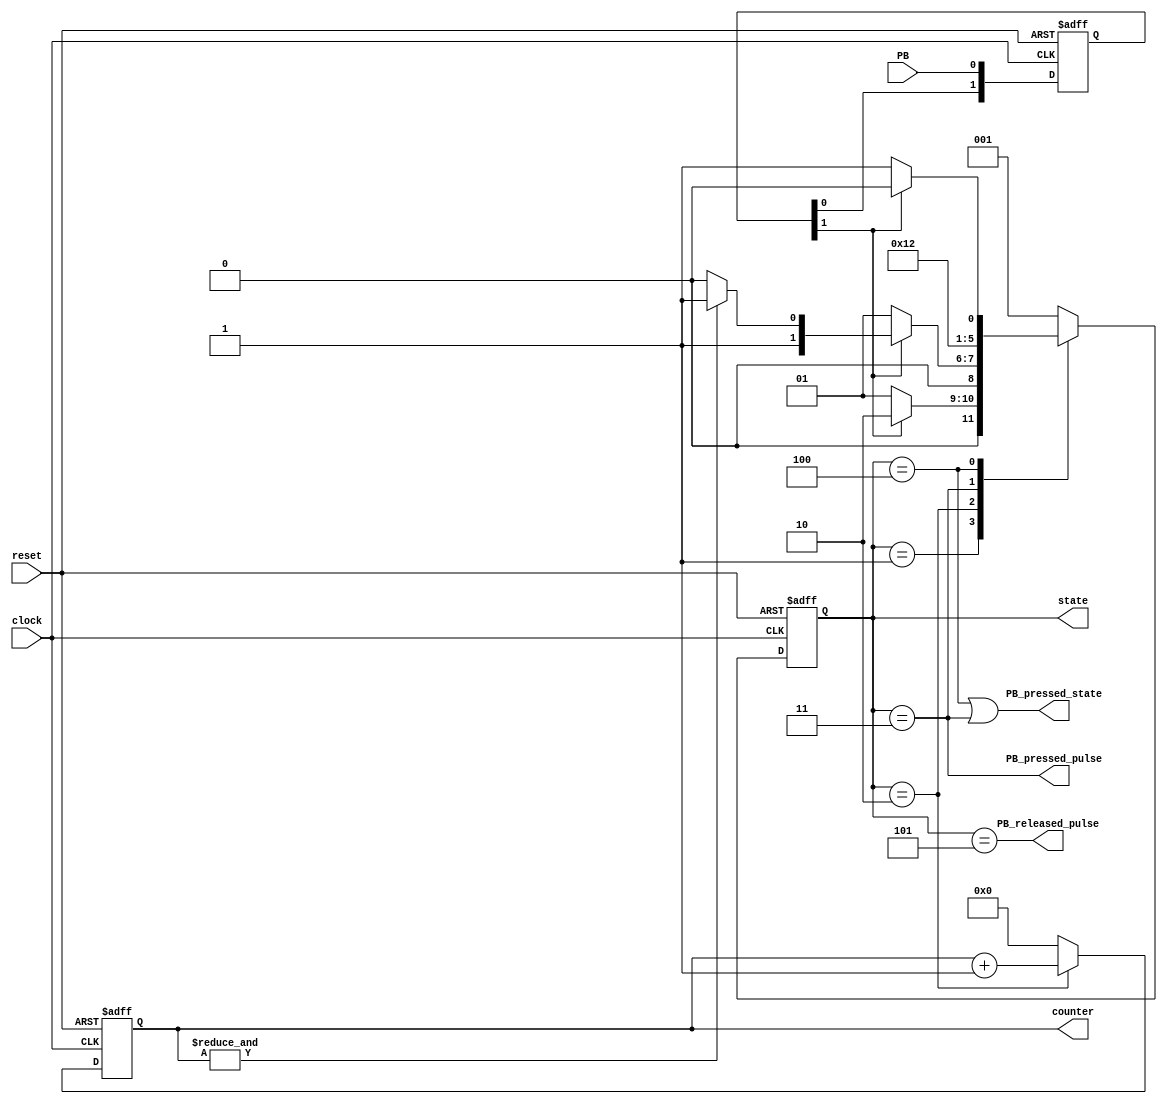
module PB_debouncer #(parameter N = 4) 
(
    input clock,
	input reset,
	input PB,
	output reg PB_pressed_state,
	output reg PB_pressed_pulse,
	output reg PB_released_pulse,
	// Las salidas state y counter se incluyen solo para depuracion y que puedan ser
	// visualizadas en la simulacion del testbench. Para la implementacion final
	// no son necesarias y deberia eliminarse.
	output [2:0] state,
    output [N-1:0] counter
	);
	
	// estas senales son solo para depuracion. No son necesarias en la implementacion final.
	assign counter = PB_cnt;
	assign state = button_state;
	
	reg [1:0]PB_sync;		//Flip Flops para sincronizar.
	reg [1:0]PB_sync_next;	//Etapa combinacional
	
	reg [2:0] button_state, button_state_next;
	
	reg [N-1:0]PB_cnt, PB_cnt_next;
	
	wire PB_cnt_max = &PB_cnt;	//se hace el AND de todos los bits, es lo mismo que poner
								// PB_cnt_mac = (PB_cnt == 16'hFFFF)
	
/////////////////////////  Etapa de sincronizacion del pulso de boton con un reloj //////
// Asumir que funciona. No es necesario entenderla en detalle. La senal que se usa como entrada
// para la maquina de estado es PB_sync[1].
	always@(*)
		{PB_sync_next} = {PB_sync[0], PB};
	
	always@(posedge clock or posedge reset)
		if(reset)
			PB_sync <= 2'b00;
		else
			PB_sync <= PB_sync_next;
			
///////////////////////////////////////////////////////////////////////////////////////
///   Desde aca en adelante se debera utilizar PB_sync[1] como si fuera el boton.  ////
	
	localparam  PB_IDLE 	= 3'b001,
				PB_COUNT	= 3'b010,
				PB_PE		= 3'b011,
				PB_STABLE	= 3'b100,
				PB_NE		= 3'b101;
	
	/////// Etapa combinacional para el cambio de estado //////////
	always@(*)
	begin
		button_state_next = PB_IDLE;//default value
		case (button_state)
			PB_IDLE:	button_state_next = (PB_sync[1] == 1'b1)?PB_COUNT:PB_IDLE;
							
			PB_COUNT:	button_state_next = (PB_sync[1] == 1'b0)?PB_IDLE:
											(PB_cnt_max == 1'b1)?PB_PE:PB_COUNT;
											
			PB_PE:		button_state_next = PB_STABLE;
							
			PB_STABLE:	button_state_next = (PB_sync[1] == 1'b0)?PB_NE:PB_STABLE;
			
			PB_NE:		button_state_next = PB_IDLE;
			
		endcase
	end
	
	//Etapa combinacional de las Salidas y Contador. 
	always@(*)
	begin
		PB_pressed_state = ((button_state == PB_STABLE) || (button_state == PB_PE));
		PB_released_pulse = (button_state == PB_NE);
		PB_pressed_pulse= (button_state == PB_PE);
		PB_cnt_next = (button_state == PB_COUNT)?PB_cnt +1'b1:{N{1'b0}};
	end
	
	// Esta es una variante que utiliza un always block por cada salida
	// notar que las salidas estan registradas.
	// Esto es util para el boton, pero no estrictamente necesario para sus
	// disenos.
	
	//registrando el estado
	always@(posedge clock or posedge reset)
		if(reset)
			button_state <= PB_IDLE;
		else
			button_state <= button_state_next;
	
	//registrando el contador
	always@(posedge clock or posedge reset)
		if(reset)
			PB_cnt <= {N{1'd0}};
		else
			PB_cnt <= PB_cnt_next;
	
endmodule